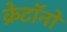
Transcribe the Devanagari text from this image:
क्रेटॉनों